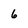
Character: 6